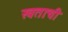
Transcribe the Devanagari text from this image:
स्वताःची